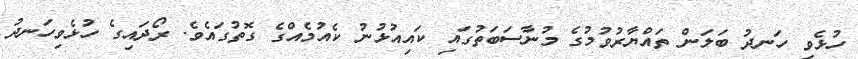
ހުޅެވި ހަނދު ބަލަން ތައްޔާރުވުމުގެ މުނާސަބަތުގައި ކައިއުޅުނު ކެއުމެއްގެ ގޮތުގައެވެ. ރޯދައިގެ ހުޅެވިހަނދު